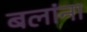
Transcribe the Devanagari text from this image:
बलांना